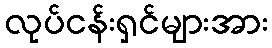
လုပ်ငန်းရှင်များအား